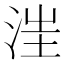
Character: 𣵭